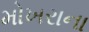
મોખરાના